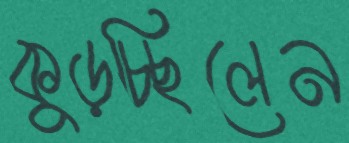
কুড়চ্ছিলেন